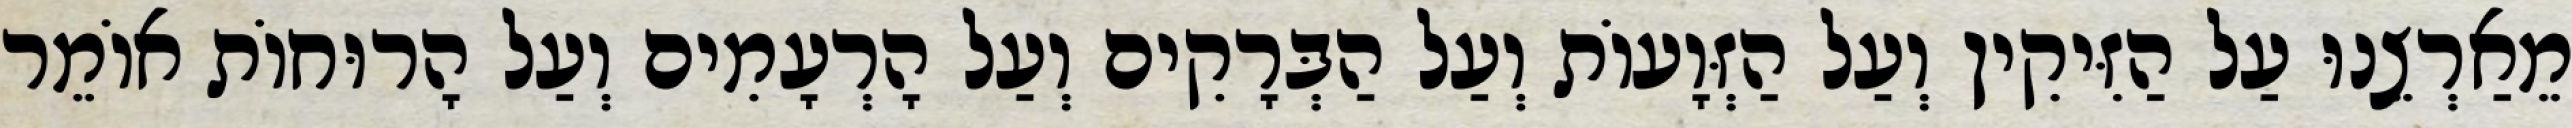
מֵאַרְצֵנוּ עַל הַזִּיקִין וְעַל הַזְּוָעוֹת וְעַל הַבְּרָקִים וְעַל הָרְעָמִים וְעַל הָרוּחוֹת אוֹמֵר